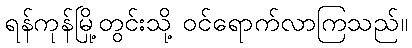
ရန်ကုန်မြို့တွင်းသို့ ဝင်ရောက်လာကြသည်။